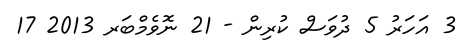
3 އަހަރު 5 ދުވަސް ކުރިން - 21 ނޮވެމްބަރ 2013 17